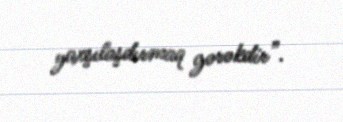
yaxşılaşdırmaq gərəkdir”.